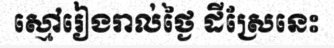
ស្មៅរៀងរាល់ថ្ងៃ ដីស្រែនេះ